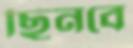
ছিনবে